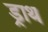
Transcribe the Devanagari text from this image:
ड्राथ